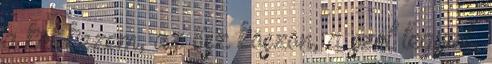
a két kezem, az ősz köszön, a szél legyint,